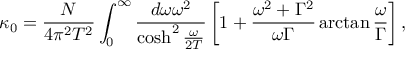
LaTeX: \kappa _ { 0 } = \frac { N } { 4 \pi ^ { 2 } T ^ { 2 } } \int _ { 0 } ^ { \infty } \frac { d \omega \omega ^ { 2 } } { \cosh ^ { 2 } \frac { \omega } { 2 T } } \left[ 1 + \frac { \omega ^ { 2 } + \Gamma ^ { 2 } } { \omega \Gamma } \arctan \frac { \omega } { \Gamma } \right] ,